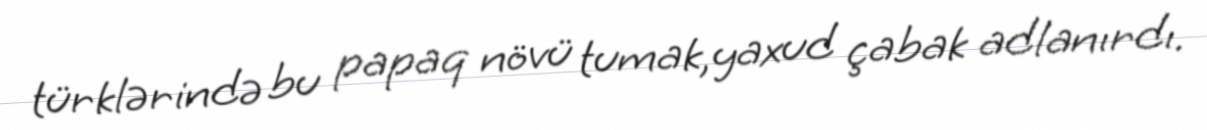
türklərində bu papaq növü tumak,yaxud çabak adlanırdı.